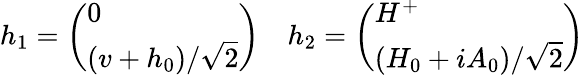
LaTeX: h_{1}=\left(\begin{array}{l}{{0}}\\ {{\left(v+h_{0}\right)/\sqrt{2}}}\end{array}\right)\quad h_{2}=\left(\begin{array}{l}{{H^{+}}}\\ {{\left(H_{0}+iA_{0}\right)/\sqrt{2}}}\end{array}\right)